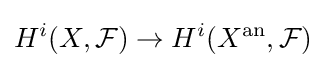
H^{i}(X,{\mathcal {F}})\to H^{i}(X^{\text{an}},{\mathcal {F}})